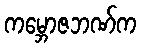
ကမ္ဘောဇဘဏ်က